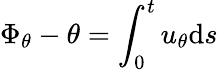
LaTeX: \Phi_{\theta}-\theta=\int_{0}^{t}u_{\theta}\mathrm{d}s